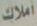
أملاك